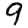
Digit: 9